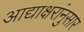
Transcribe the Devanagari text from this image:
आद्याक्षरांनुसार